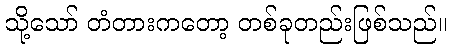
သို့သော် တံတားကတော့ တစ်ခုတည်းဖြစ်သည်။